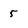
Character: 5